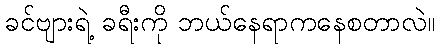
ခင်ဗျားရဲ့ ခရီးကို ဘယ်နေရာကနေစတာလဲ။